Report of the Bombay Plague Committee
Disease focus: Plague
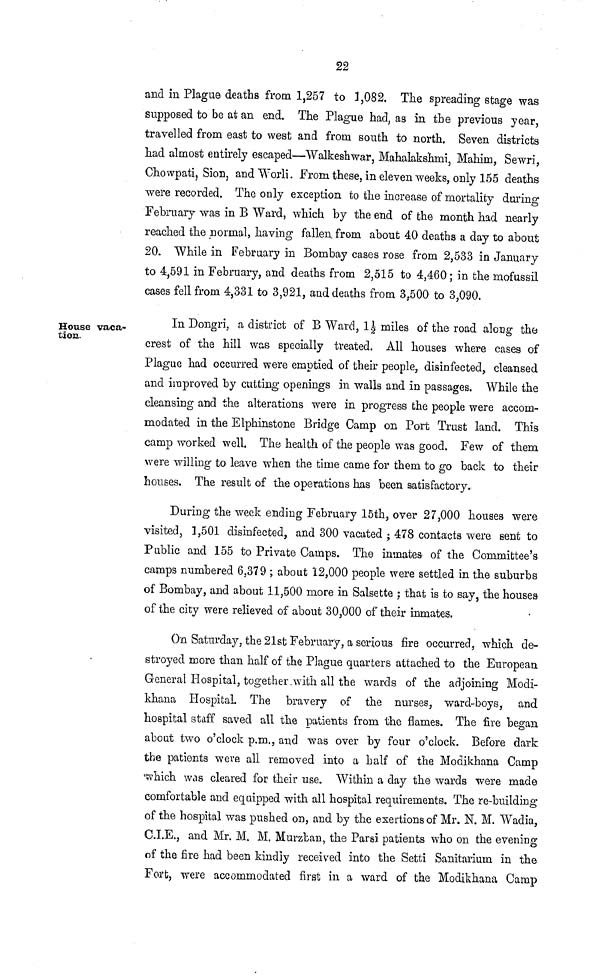
22
and in Plague deaths from 1,257 to 1,082. The spreading stage was
supposed to be at an end. The Plague had, as in the previous year,
travelled from east to west and from south to north. Seven districts
had almost entirely escaped—Walkeshwar, Mahalakshmi, Mahirn, Sewri,
Chowpati, Sion, and Worli. From these, in eleven weeks, only 155 deaths
were recorded. The only exception to the increase of mortality during
February was in B Ward, which by the end of the month had nearly
reached the normal, having fallen, from about 40 deaths a day to about
20. While in February in Bombay cases rose from 2,533 in January
to 4,591 in February, and deaths from 2,515 to 4,460 ; in the mofussil
cases fell from 4,331 to 3,921, and deaths from 3,500 to 3,090.
House vaca-
tion.
In Dongri, a district of B Ward, 11/2 miles of the road along the
crest of the hill was specially treated. All houses where cases of
Plague had occurred were emptied of their people, disinfected, cleansed
and improved by cutting openings in walls and in passages. While the
cleansing and the alterations were in progress the people were accom-
modated in the Elphinstone Bridge Camp on Port Trust land. This
camp worked well. The health of the people was good. Few of them
were willing to leave when the time came for them to go back to their
houses. The result of the operations has been satisfactory.
During the week ending February 15th, over 27,000 houses were
visited, 1,501 disinfected, and 300 vacated ; 478 contacts were sent to
Public and 155 to Private Camps. The inmates of the Committee's
camps numbered 6,379 ; about 12,000 people were settled in the suburbs
of Bombay, and about 11,500 more in Salsette ; that is to say, the houses
of the city were relieved of about 30,000 of their inmates.
On Saturday, the 21st February, a serious fire occurred, which de-
stroyed more than half of the Plague quarters attached to the European
General Hospital, together with all the wards of the adjoining Modi-
khana Hospital. The bravery of the nurses, ward-boys, and
hospital staff saved all the patients from the flames. The fire began
about two o'clock p.m., and was over by four o'clock. Before dark
the patients were all removed into a half of the Modikhana Camp
which was cleared for their use. Within a day the wards were made
comfortable and equipped with all hospital requirements. The re-building
of the hospital was pushed on, and by the exertions of Mr. N. M. Wadia,
C.I.E., and Mr. M. M. Murzban, the Parsi patients who on the evening
of the fire had been kindly received into the Setti Sanitarium in the
Fort, were accommodated first in a ward of the Modikhana Camp